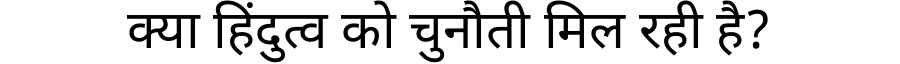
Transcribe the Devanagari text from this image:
क्या हिंदुत्व को चुनौती मिल रही है?